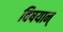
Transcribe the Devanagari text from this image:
विषयान्